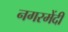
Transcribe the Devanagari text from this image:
नगरमेंदी